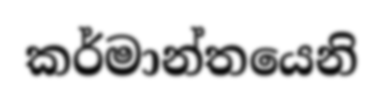
කර්මාන්තයෙනි